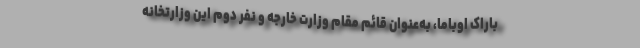
باراک اوباما، به‌عنوان قائم مقام وزارت خارجه و نفر دوم این وزارتخانه